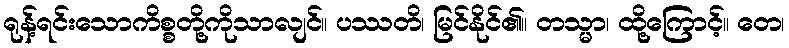
ရုန့်ရင်းသောကိစ္စတို့ကိုသာလျင်။ ပဿတိ၊ မြင်နိုင်၏။ တသ္မာ၊ ထို့ကြောင့်။ တေ၊